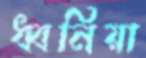
ধ্বনিয়া